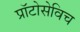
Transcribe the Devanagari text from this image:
प्राॅटोसेविच